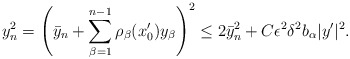
\begin{align*}y_n^2 = \left(\bar{y}_n + \sum_{\beta = 1}^{n-1} \rho_\beta (x'_0) y_\beta\right)^2 \leq 2 \bar{y}_n^2 + C \epsilon^2 \delta^2 b_\alpha |y'|^2.\end{align*}